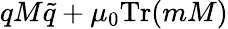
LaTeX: qM\tilde{q}+\mu_{0}\mathrm{Tr}(mM)